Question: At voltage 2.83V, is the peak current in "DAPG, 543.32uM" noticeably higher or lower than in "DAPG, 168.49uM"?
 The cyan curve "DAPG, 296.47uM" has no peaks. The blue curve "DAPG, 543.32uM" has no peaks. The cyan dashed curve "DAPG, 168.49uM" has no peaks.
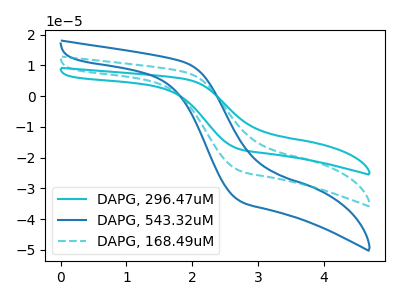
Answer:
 <answer>"DAPG, 543.32uM" and "DAPG, 168.49uM" dont share a peak at 2.83V.</answer>
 <eval>mismatch</eval>